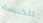
للكنيسة